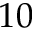
1 0